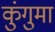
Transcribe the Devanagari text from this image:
कुंगुमा